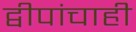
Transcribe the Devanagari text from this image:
द्वीपांचाही